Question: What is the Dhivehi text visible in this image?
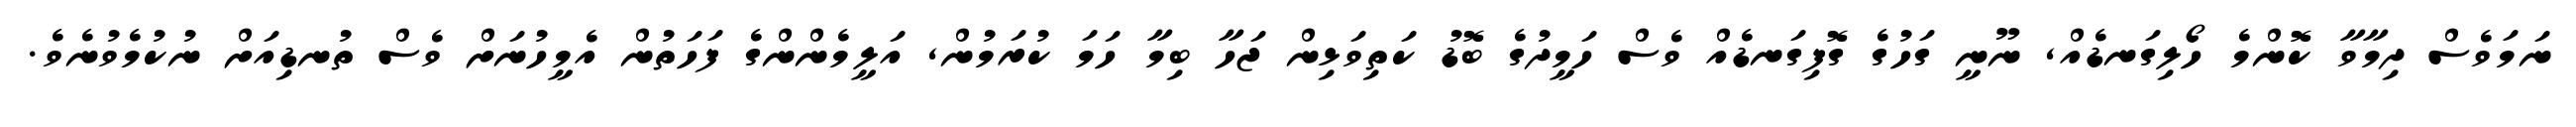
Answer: ނަމަވެސް ދިމާވާ ކޮންމެ ހޯލިގަނޑެއް, ނޫނީ ގަހުގެ ގޮފިގަނޑެއް ވެސް ހަމީދުގެ ބޮޑު ކަތިވަޅިން ޖަހާ ބިމާ ހަމަ ކުރަމުން, އަލީމެންންގެ ފަހަތުން އެމީހުނަށް ވެސް ތުނޑިއަށް ނުކުމެވުނެވެ.